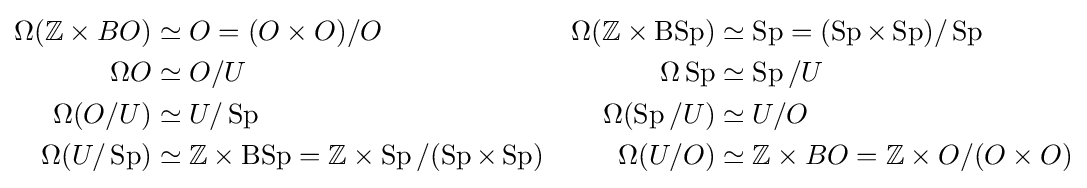
{\begin{aligned}\Omega (\mathbb {Z} \times BO)&\simeq O=(O\times O)/O&\Omega (\mathbb {Z} \times \operatorname {BSp} )&\simeq \operatorname {Sp} =(\operatorname {Sp} \times \operatorname {Sp} )/\operatorname {Sp} \\\Omega O&\simeq O/U&\Omega \operatorname {Sp} &\simeq \operatorname {Sp} /U\\\Omega (O/U)&\simeq U/\operatorname {Sp} &\Omega (\operatorname {Sp} /U)&\simeq U/O\\\Omega (U/\operatorname {Sp} )&\simeq \mathbb {Z} \times \operatorname {BSp} =\mathbb {Z} \times \operatorname {Sp} /(\operatorname {Sp} \times \operatorname {Sp} )&\Omega (U/O)&\simeq \mathbb {Z} \times BO=\mathbb {Z} \times O/(O\times O)\end{aligned}}